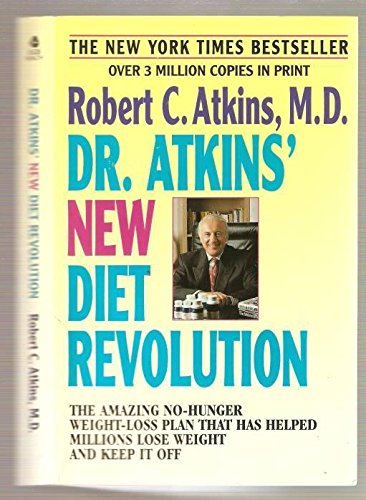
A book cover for Dr. Atkins' New Diet Revolution, Revised and Updated; Robert C., M.D. Atkins; Health, Fitness & Dieting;